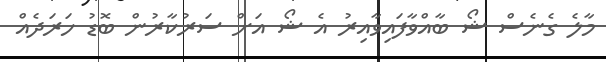
މާލެ ގެނެސް ޝޯ ބާއްވާފައިވާއިރު އެ ޝޯ އަށް ސަރުކާރުން ބޮޑު ހަރަދެއް